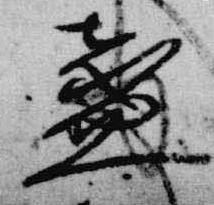
盞